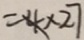
= 4 \times 2 7